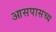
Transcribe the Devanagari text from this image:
आसपासच्य